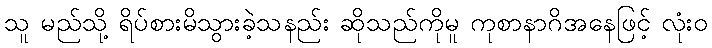
သူ မည်သို့ ရိပ်စားမိသွားခဲ့သနည်း ဆိုသည်ကိုမူ ကုစာနာဂိအနေဖြင့် လုံးဝ